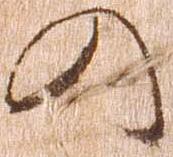
の